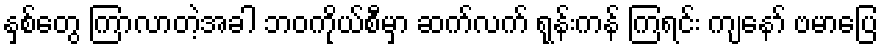
နှစ်တွေ ကြာလာတဲ့အခါ ဘဝကိုယ်စီမှာ ဆက်လက် ရုန်းကန် ကြရင်း ကျနော် ဗမာပြေ